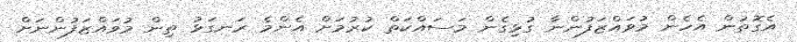
އެގޮތުން އެހެން މުވައްޒަފުންނާ ގުޅިގެން މަސައްކަތް ކުރުމަށް އެންމެ ރަނގަޅު ތިން މުވައްޒަފުންނަށް